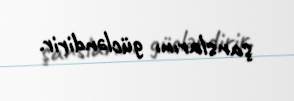
şanslarını gücləndirir.